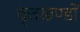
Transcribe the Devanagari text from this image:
वृत्तखण्डों